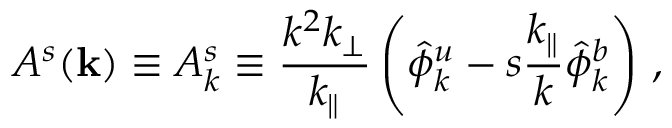
A ^ { s } ( { \bf k } ) \equiv A _ { k } ^ { s } \equiv \frac { k ^ { 2 } k _ { \perp } } { k _ { \parallel } } \left( \hat { \phi } _ { k } ^ { u } - s \frac { k _ { \parallel } } { k } \hat { \phi } _ { k } ^ { b } \right) \, ,